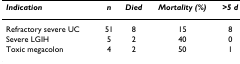
| Indication | n | Died | Mortality (%) | >5 d |
 | --- | --- | --- | --- | --- |
 | Refractory severe UC | 51 | 8 | 15 | 8 |
 | Severe LGIH | 5 | 2 | 40 | 0 |
 | Toxic megacolon | 4 | 2 | 50 | 1 |